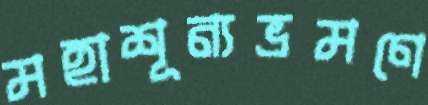
মহাশূন্যভ্রমণে